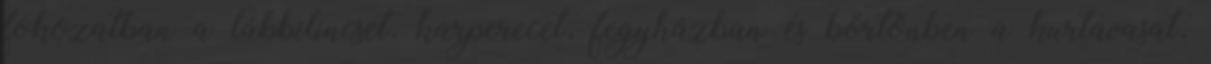
fokozatban a lábbilincset, karperecet, fegyházban és börtönben a kurtavasat,